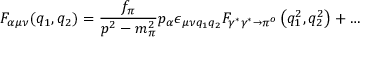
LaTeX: { \cal { F } } _ { \alpha \mu \nu } ( q _ { 1 } , q _ { 2 } ) = \frac { f _ { \pi } } { p ^ { 2 } - m _ { \pi } ^ { 2 } } p _ { \alpha } { \epsilon } _ { { \mu } { \nu } { q _ { 1 } } { q _ { 2 } } } F _ { \gamma ^ { * } \gamma ^ { * } \to \pi ^ { o } } \left( q _ { 1 } ^ { 2 } , q _ { 2 } ^ { 2 } \right) + \ldots